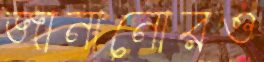
জানানোরও